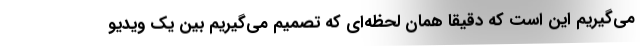
می‌گیریم این است که دقیقا همان لحظه‌ای که تصمیم می‌گیریم بین یک ویدیو